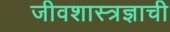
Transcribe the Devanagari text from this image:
जीवशास्त्रज्ञाची